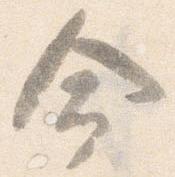
命